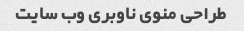
طراحی منوی ناوبری وب سایت